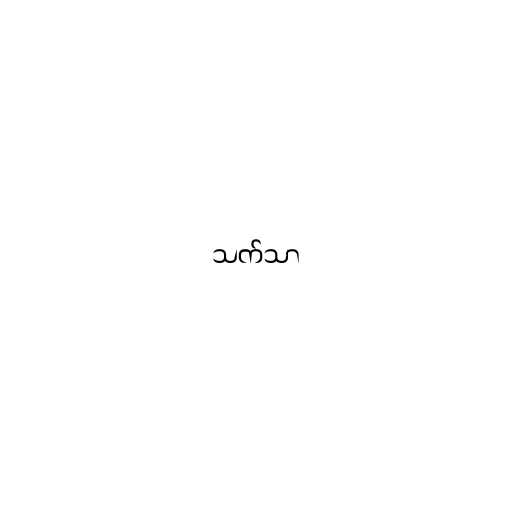
သက်သာ